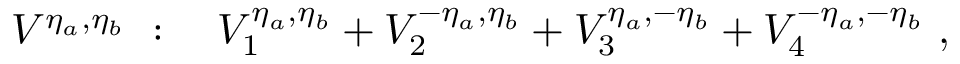
V ^ { \eta _ { a } , \eta _ { b } } \ : \ \ \ V _ { 1 } ^ { \eta _ { a } , \eta _ { b } } + V _ { 2 } ^ { - \eta _ { a } , \eta _ { b } } + V _ { 3 } ^ { \eta _ { a } , - \eta _ { b } } + V _ { 4 } ^ { - \eta _ { a } , - \eta _ { b } } \ ,